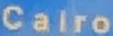
Cairo